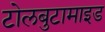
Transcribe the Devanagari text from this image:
टोलबुटामाइड